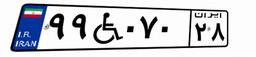
۸۴W۰۷۳۴۶